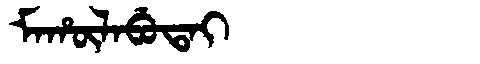
Manchu: ᠮᠠᡥᡡᠯᠠᠪᡠᡨᠠᡳ
Romanization: MAHŪLABUTAI